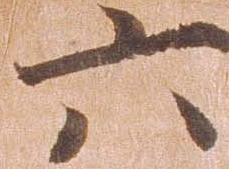
六